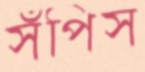
সঁপিস